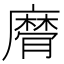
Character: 𢋚